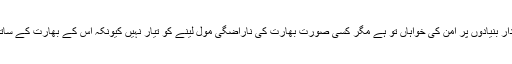
عالمی برادری اس خطے میں پائیدار بنیادوں پر امن کی خواہاں تو ہے مگر کسی صورت بھارت کی ناراضگی مول لینے کو تیار نہیں کیونکہ اُس کے بھارت کے ساتھ معاشی مفادات جڑے ہوئے ہیں۔